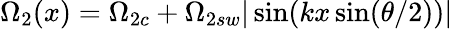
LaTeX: \Omega_{2}(x)=\Omega_{2c}+\Omega_{2sw}|\sin(kx\sin(\theta/2))|